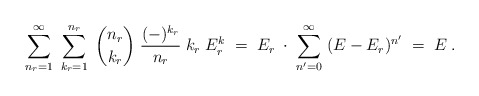
\begin{align*}\ \sum_{n_r=1}^\infty\;\sum_{k_r=1}^{n_r}\;{n_r \choose k_r}\;\frac{(-)^{k_r}}{n_r}\;k_r\;E_r^k\;=\;E_r\;\cdot\;\sum_{n'=0}^\infty\;(E-E_r)^{n'}\;=\;E\;.\end{align*}